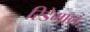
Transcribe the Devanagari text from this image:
रिडेमान